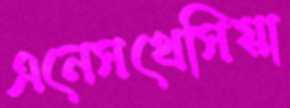
এনেসথেসিয়া